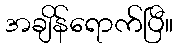
အချိန်ရောက်ပြီ။